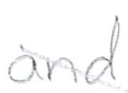
Text: and
Cross-out: mix
Writing tool: pencil